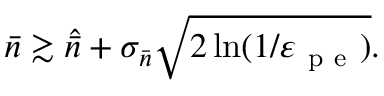
\bar { n } \gtrsim \widehat { \bar { n } } + \sigma _ { \bar { n } } \sqrt { 2 \ln ( 1 / \varepsilon _ { \mathrm { ~ p ~ e ~ } } ) } .